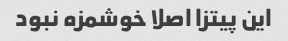
این پیتزا اصلا خوشمزه نبود